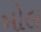
મોલ